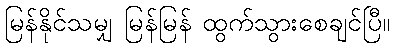
မြန်နိုင်သမျှ မြန်မြန် ထွက်သွားစေချင်ပြီ။